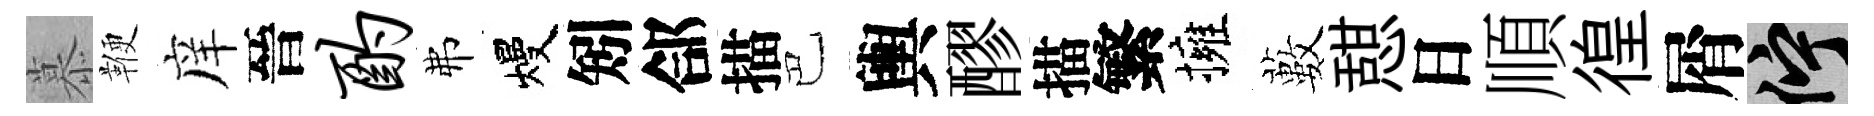
慕鞭庠晉酌弗熳矧郃描巴輿醪描繁擁藪憇日順徨屑伫